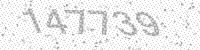
Solution: 147739